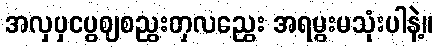
အလှပှငပွဈစညွးတှလညွေး အရမွးမသုံးပါနဲ့။